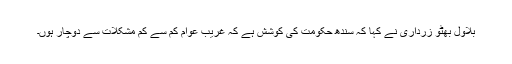
بلاول بھٹو زرداری نے کہا کہ سندھ حکومت کی کوشش ہے کہ غریب عوام کم سے کم مشکلات سے دوچار ہوں۔